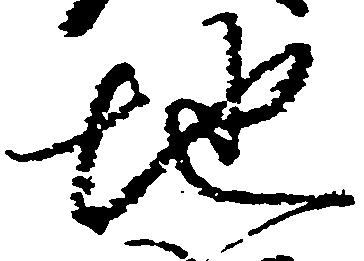
地